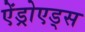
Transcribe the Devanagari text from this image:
ऐंड्रोएड्स